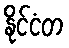
နိုင်ငံတ